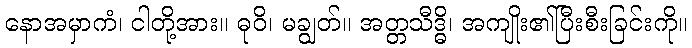
နောအမှာကံ၊ ငါတို့အား။ ဓုဝိ၊ မချွတ်။ အတ္တသီဒ္ဓိ၊ အကျိုး၏ပြီးစီးခြင်းကို။